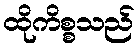
ထိုကိစ္စသည်